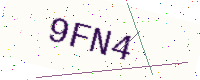
Text: 9FN4